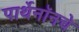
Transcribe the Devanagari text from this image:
पार्थेनॉनचे